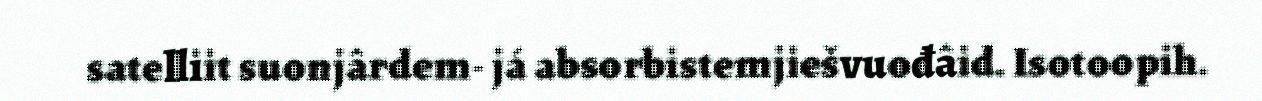
satelliit suonjârdem- já absorbistemjiešvuođâid. Isotoopih.